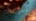
تتوقعه